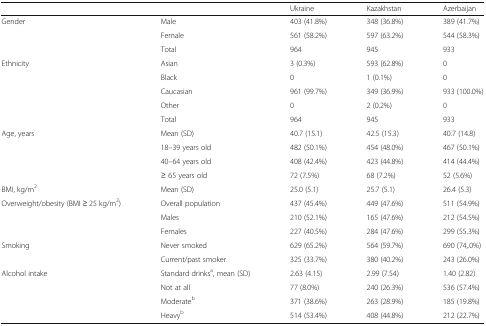
| <COLSPAN=2>  | Ukraine | Kazakhstan | Azerbaijan |
 | --- | --- | --- | --- | --- |
 | <ROWSPAN=3> Gender | Male | 403 (41.8%) | 348 (36.8%) | 389 (41.7%) |
 | Female | 561 (58.2%) | 597 (63.2%) | 544 (58.3%) |
 | Total | 964 | 945 | 933 |
 | <ROWSPAN=5> Ethnicity | Asian | 3 (0.3%) | 593 (62.8%) | 0 |
 | Black | 0 | 1 (0.1%) | 0 |
 | Caucasian | 961 (99.7%) | 349 (36.9%) | 933 (100.0%) |
 | Other | 0 | 2 (0.2%) | 0 |
 | Total | 964 | 945 | 933 |
 | <ROWSPAN=4> Age, years | Mean (SD) | 40.7 (15.1) | 42.5 (15.3) | 40.7 (14.8) |
 | 18–39 years old | 482 (50.1%) | 454 (48.0%) | 467 (50.1%) |
 | 40–64 years old | 408 (42.4%) | 423 (44.8%) | 414 (44.4%) |
 | ≥ 65 years old | 72 (7.5%) | 68 (7.2%) | 52 (5.6%) |
 | BMI, kg/m2 | Mean (SD) | 25.0 (5.1) | 25.7 (5.1) | 26.4 (5.3) |
 | <ROWSPAN=3> Overweight/obesity (BMI ≥ 25 kg/m2) | Overall population | 437 (45.4%) | 449 (47.6%) | 511 (54.9%) |
 | Males | 210 (52.1%) | 165 (47.6%) | 212 (54.5%) |
 | Females | 227 (40.5%) | 284 (47.6%) | 299 (55.3%) |
 | <ROWSPAN=2> Smoking | Never smoked | 629 (65.2%) | 564 (59.7%) | 690 (74,.0%) |
 | Current/past smoker | 325 (33.7%) | 380 (40.2%) | 243 (26.0%) |
 | <ROWSPAN=4> Alcohol intake | Standard drinksa, mean (SD) | 2.63 (4.15) | 2.99 (7.54) | 1.40 (2.82) |
 | Not at all | 77 (8.0%) | 240 (26.3%) | 536 (57.4%) |
 | Moderateb | 371 (38.6%) | 263 (28.9%) | 185 (19.8%) |
 | Heavyb | 514 (53.4%) | 408 (44.8%) | 212 (22.7%) |